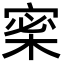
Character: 𡩎